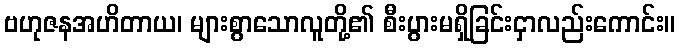
ဗဟုဇနအဟိတာယ၊ များစွာသောလူတို့၏ စီးပွားမရှိခြင်းငှာလည်းကောင်း။